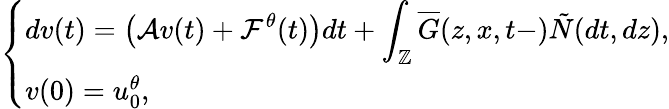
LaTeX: \left\{ \begin{array}{ll}{\displaystyle dv(t)=\left(\mathcal{A}v(t)+\mathcal{F}^{\theta}(t)\right)dt+\int_{\mathbb{Z}}\overline{{G}}(z,x,t-)\tilde{N}(dt,dz),}\\ {v(0)=u_{0}^{\theta},}\end{array}\right.